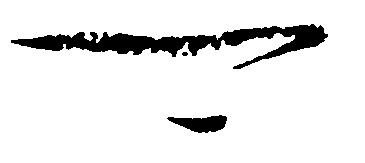
可